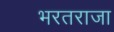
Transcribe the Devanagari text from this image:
भरतराजा